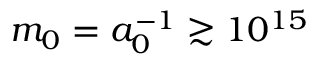
m _ { 0 } = a _ { 0 } ^ { - 1 } \gtrsim 1 0 ^ { 1 5 }